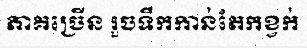
ភាគច្រើន រួចទឹកកាន់តែកខ្វក់